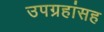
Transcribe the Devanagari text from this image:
उपग्रहांसह